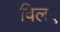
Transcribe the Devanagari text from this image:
विलए